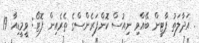
. އަދާލަތު ޕާޓީން ބޭއްވި ނިއުސް ކޮންފަރެންސްގެ ތެރެއިން ފޮޓޯ: ވީމީޑިއާ 19